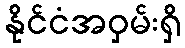
နိုင်ငံအဝှမ်းရှိ